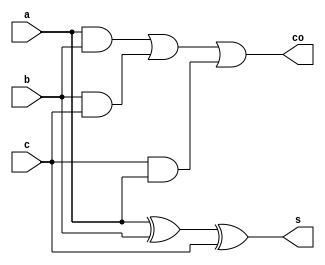
module full_adder(a,b,c,s,co);
input a,b,c;
output s,co;
assign s=a^b^c;
assign co=(a&b)|(b&c)|(c&a);
endmodule


module four_bit_adder(x,y,cin,sum,cout);
input [3:0] x,y;
input cin;
output [3:0] sum;
output cout;
wire c0,c1,c2;

full_adder fa0(.a(x[0]),.b(y[0]),.c(cin),.s(sum[0]),.co(c0));
full_adder fa1(.a(x[1]),.b(y[1]),.c(c0),.s(sum[1]),.co(c1));
full_adder fa2(.a(x[2]),.b(y[2]),.c(c1),.s(sum[2]),.co(c2));
full_adder fa3(.a(x[3]),.b(y[3]),.c(c2),.s(sum[3]),.co(cout));
endmodule
module BCD_adder(S, C, A, B, C0);
input [3:0] A, B;
input C0;
output [3:0] S;
output C;
wire C1, C2, C3, C4, C5;
wire [3:0]X, Z;
and (C1, Z[3], Z[2]);
and (C2, Z[3], Z[1]);
or (C, C3, C1,C2);
xor (C5, C, C);
assign X[2] = C;
assign X[1] = C;
assign X[3] = C5;
assign X[0] = C5;
//four bit adder body from instance of full_adder
four_bit_adder F_1 ( A, B, C0,Z,C3);
four_bit_adder F_2 (X, Z, C0,S,C4);
endmodule